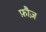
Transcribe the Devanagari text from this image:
फ़ौज़